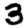
Digit: 3